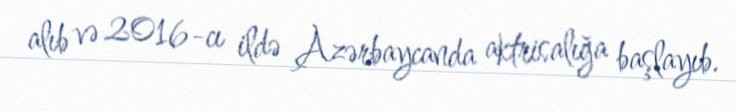
alıb və 2016-cı ildə Azərbaycanda aktrisalığa başlayıb.